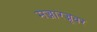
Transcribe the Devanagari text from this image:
मज्जारज्जूवर